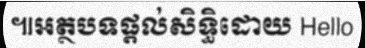
៕អត្ថបទផ្តល់សិទ្ធិដោយ Hello